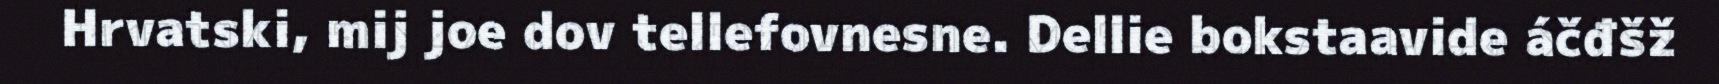
Hrvatski, mij joe dov tellefovnesne. Dellie bokstaavide áčđšž